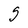
Character: S